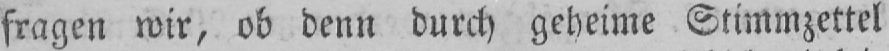
fragen wir, ob denn durch geheime Stimmzettel